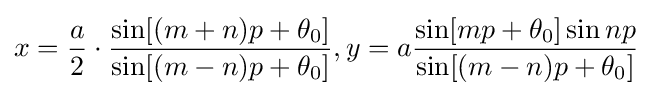
x={a \over 2}\cdot {\frac {\sin[(m+n)p+\theta _{0}]}{\sin[(m-n)p+\theta _{0}]}},y=a{\frac {\sin[mp+\theta _{0}]\sin np}{\sin[(m-n)p+\theta _{0}]}}\!